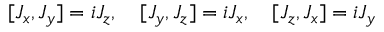
[ J _ { x } , J _ { y } ] = i J _ { z } , \quad [ J _ { y } , J _ { z } ] = i J _ { x } , \quad [ J _ { z } , J _ { x } ] = i J _ { y }